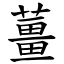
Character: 薑